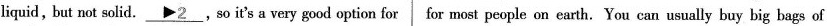
liquid, but not solid.\underline{\rhd 2},so it's a very good option for for most people on earth. You can usually buy big bags of